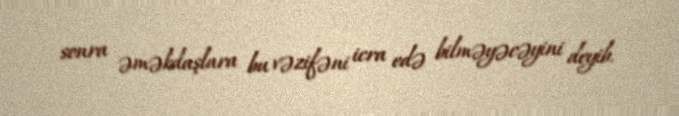
sonra əməkdaşlara bu vəzifəni icra edə bilməyəcəyini deyib.